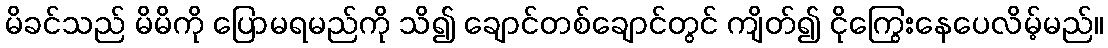
မိခင်သည် မိမိကို ပြောမရမည်ကို သိ၍ ချောင်တစ်ချောင်တွင် ကျိတ်၍ ငိုကြွေးနေပေလိမ့်မည်။